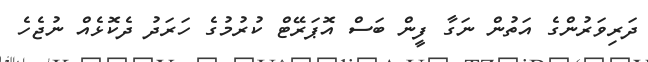
ދަރިވަރުންގެ އަތުން ނަގާ ފީން ބަސް އޮޕަރޭޓް ކުރުމުގެ ހަރަދު ދެކޮޅެއް ނުޖެހެ